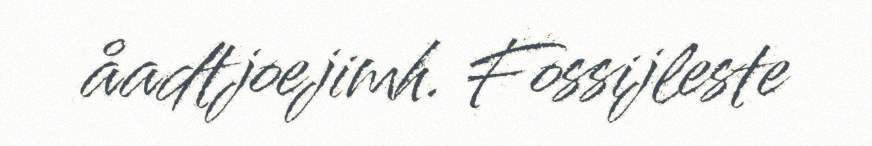
åadtjoejimh. Fossijleste